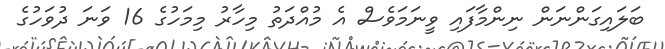
ބަލައިގަންނަން ނިންމާފައި ވީނަމަވެސް އެ މުއްދަތު މިހާރު މިމަހުގެ 16 ވަނަ ދުވަހުގެ